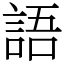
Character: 語